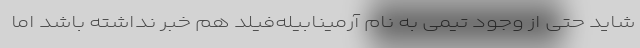
شاید حتی از وجود تیمی به نام آرمینابیله‌فیلد هم خبر نداشته باشد اما